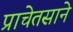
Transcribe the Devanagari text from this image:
प्राचेतसाने